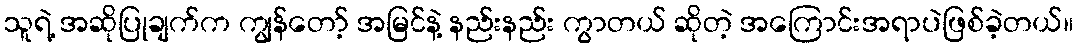
သူရဲ့ အဆိုပြုချက်က ကျွန်တော့် အမြင်နဲ့ နည်းနည်း ကွာတယ် ဆိုတဲ့ အကြောင်းအရာပဲဖြစ်ခဲ့တယ်။